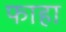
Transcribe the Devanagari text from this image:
फाहा